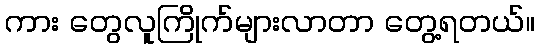
ကား တွေလူကြိုက်များလာတာ တွေ့ရတယ်။